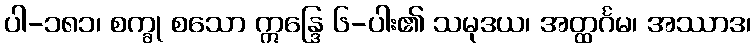
ပါ-၁၈၁၊ စက္ခု စသော ဣန္ဒြေ ၆-ပါး၏ သမုဒယ၊ အတ္ထင်္ဂမ၊ အဿာဒ၊